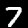
Digit: 7